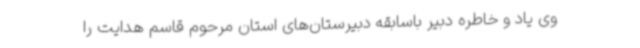
وی یاد و خاطره دبیر باسابقه دبیرستان‌های استان مرحوم قاسم هدایت را